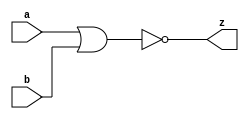
// This program was cloned from: https://github.com/aolofsson/oh
// License: MIT License

//#############################################################################
//# Function: 2 Input Nor Gate                                                #
//# Copyright: OH Project Authors. ALl rights Reserved.                       #
//# License:  MIT (see LICENSE file in OH repository)                         #
//#############################################################################

module asic_nor2 #(parameter PROP = "DEFAULT")   (
    input  a,
    input  b,
    output z
    );

   assign z = ~(a | b);

endmodule